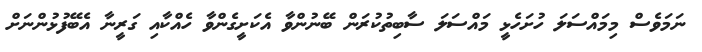
ނަމަވެސް މިމައްސަލަ ހުށަހެޅީ މައްސަލަ ސާބިތުކުރަން ބޭނުންވާ އެކަށީގެންވާ ހެއްކާއި ގަރީނާ އެބޭފުޅުންނަށް